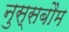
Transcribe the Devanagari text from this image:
नुस्सबौम